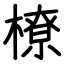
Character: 橑